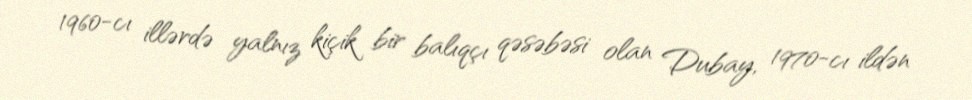
1960-cı illərdə yalnız kiçik bir balıqçı qəsəbəsi olan Dubay, 1970-cı ildən